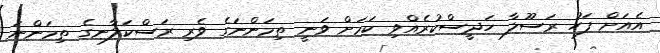
އެއަށް ފަހު ރަސޫލާ ހަދީސްކުރެއްވި ކަމަށް ވަނީ ތިމަންނަގެ ވެރި ރަސްކަލާނގެ ތިމަންނަ